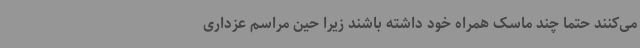
می‌کنند حتما چند ماسک همراه خود داشته باشند زیرا حین مراسم عزداری